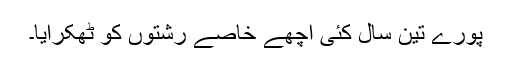
پورے تین سال کئی اچھے خاصے رشتوں کو ٹھکرایا۔